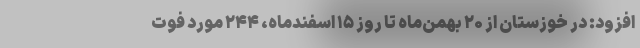
افزود: در خوزستان از ۲۰ بهمن‌ماه تا روز ۱۵ اسفندماه، ۲۴۴ مورد فوت